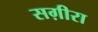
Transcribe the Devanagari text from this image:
सग़ीरा